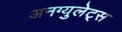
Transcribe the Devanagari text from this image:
अनग्युलेट्स